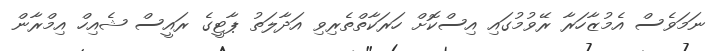
ނަމަވެސް އެމުޒާހަރާ ރޭވުމުގައި އިސްކޮށް ހަރަކާތްތެރިވި އަދާލަތު ޕާޓީގެ ރައީސް ޝެއިހް އިމްރާން